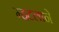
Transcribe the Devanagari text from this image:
म्हटलाने